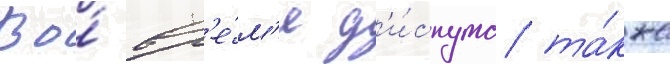
Во́ вр'е́м'я д'и́спута та́кже